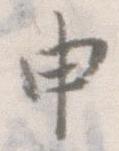
申